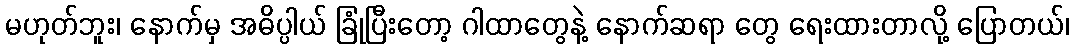
မဟုတ်ဘူး၊ နောက်မှ အဓိပ္ပါယ် ခြုံပြီးတော့ ဂါထာတွေနဲ့ နောက်ဆရာ တွေ ရေးထားတာလို့ ပြောတယ်၊